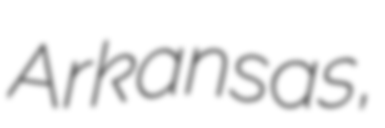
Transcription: Arkansas,